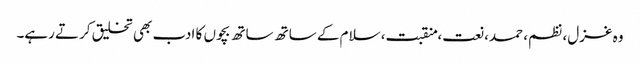
وہ غزل، نظم، حمد، نعت، منقبت، سلام کے ساتھ ساتھ بچوں کا ادب بھی تخلیق کرتے رہے۔